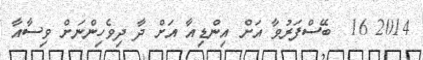
2014 16  ބޭސްފަރުވާ އަށް އިންޑިއާ އަށް ދާ ދިވެހިންނަށް ވިސާއާ